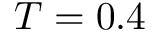
T = 0 . 4